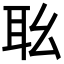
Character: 𦔷